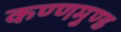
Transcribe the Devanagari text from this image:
कण्णमुण्ड